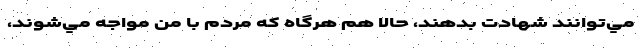
مي‌توانند شهادت بدهند، حالا هم هرگاه كه مردم با من مواجه مي‌شوند،